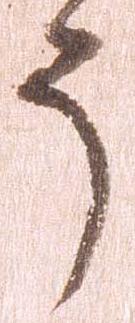
う